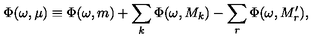
\Phi ( \omega , \mu ) \equiv \Phi ( \omega , m ) + \sum _ { k } \Phi ( \omega , M _ { k } ) - \sum _ { r } \Phi ( \omega , M _ { r } ^ { \prime } ) ,